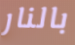
بالنار